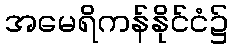
အမေရိကန်နိုင်ငံ၌